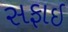
સફાઇ